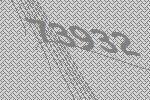
73932